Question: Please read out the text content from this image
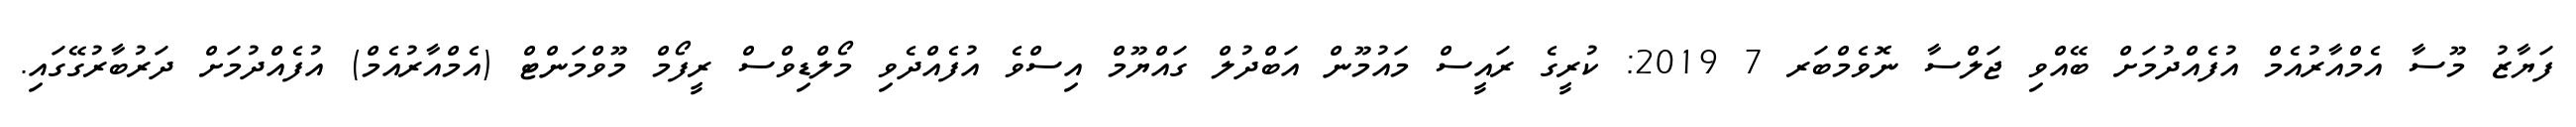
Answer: ފަޔާޒު މޫސާ އެމްއާރުއެމް އުފެއްދުމަށް ބޭއްވި ޖަލްސާ ނޮވެމްބަރ 7 2019: ކުރީގެ ރައީސް މައުމޫން އަބްދުލް ގައްޔޫމް އިސްވެ އުފެއްދެވި މޯލްޑިވްސް ރީފޯމް މޫވްމަންޓް (އެމްއާރުއެމް) އުފެއްދުމަށް ދަރުބާރުގޭގައި.